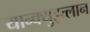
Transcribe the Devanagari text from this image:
यान्क्युइत्लान